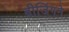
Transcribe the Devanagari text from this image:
बीजिंगने